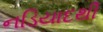
નડિયાદથી